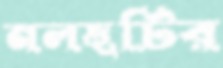
নলছটির